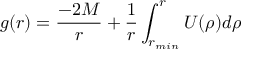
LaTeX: g ( r ) = { \frac { - 2 M } { r } } + { \frac { 1 } { r } } \int _ { r _ { m i n } } ^ { r } U ( \rho ) d \rho